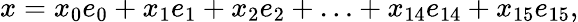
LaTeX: x=x_{0}e_{0}+x_{1}e_{1}+x_{2}e_{2}+\ldots+x_{14}e_{14}+x_{15}e_{15},